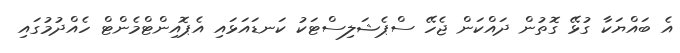
އެ ބައްޔަކާ ގުޅޭ ގޮތުން ދައްކަން ޖެހޭ ސްޕެޝަލިސްޓަކު ކަނޑައަޅައި އެޕޮއިންޓްމެންޓް ހެއްދުމުގައި